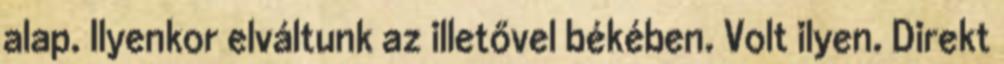
alap. Ilyenkor elváltunk az illetővel békében. Volt ilyen. Direkt